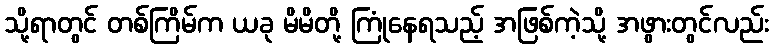
သို့ရာတွင် တစ်ကြိမ်က ယခု မိမိတို့ ကြုံနေရသည့် အဖြစ်ကဲ့သို့ အဖွားတွင်လည်း